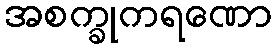
အစက္ခုကရဏော